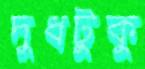
দুধটুকু